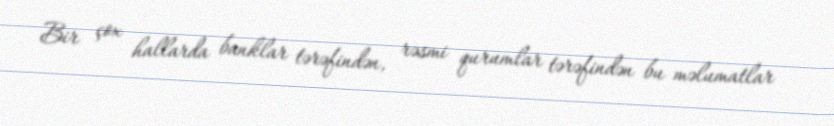
Bir çox hallarda banklar tərəfindən, rəsmi qurumlar tərəfindən bu məlumatlar